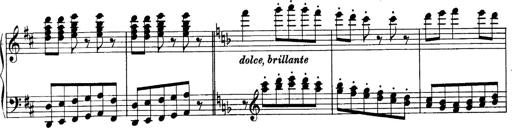
Title: Sonatina No.6
Composer: Ferruccio Busoni